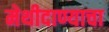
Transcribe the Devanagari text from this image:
मेथीदाण्याचा